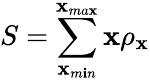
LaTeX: S=\sum_{\mathbf{x}_{m\mathbf{i}n}}^{\mathbf{x}_{ma\mathbf{x}}}\mathbf{x}\rho_{\mathbf{x}}